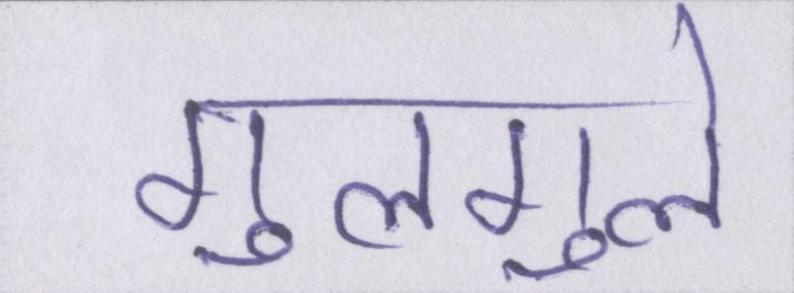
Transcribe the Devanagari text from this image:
गुलगुले